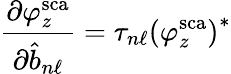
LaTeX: \frac{\partial\varphi_{z}^{\mathrm{sca}}}{\partial\hat{b}_{n\ell}}=\tau_{n\ell}\left(\varphi_{z}^{\mathrm{sca}}\right)^{*}